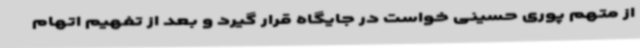
از متهم پوری حسینی خواست در جایگاه قرار گیرد و بعد از تفهیم اتهام